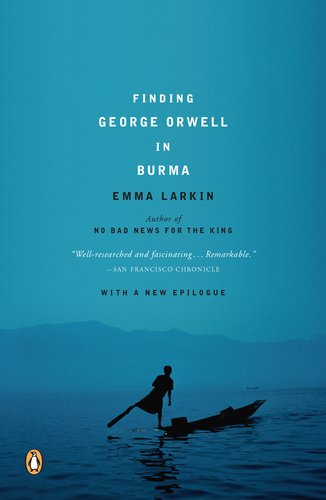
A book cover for Finding George Orwell in Burma; Emma Larkin; Travel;